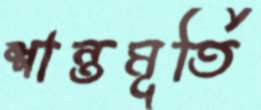
শান্তমূর্তি